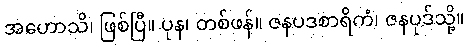
အဟောသိ၊ ဖြစ်ပြီ။ ပုန၊ တစ်ဖန်။ ဇနပဒစာရိကံ၊ ဇနပုဒ်သို့။